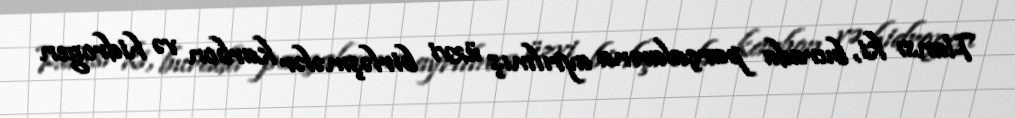
Hansı ki, burada parçalarına ayrılmış üzvi birləşmələr karbon və hidrogen